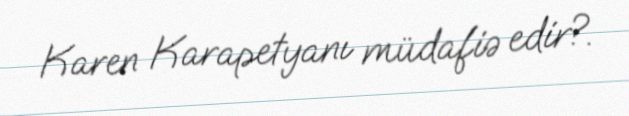
Karen Karapetyanı müdafiə edir?.